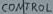
Text: CONTROL